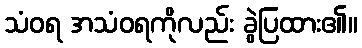
သံဝရ အသံဝရကိုလည်း ခွဲပြထား၏။